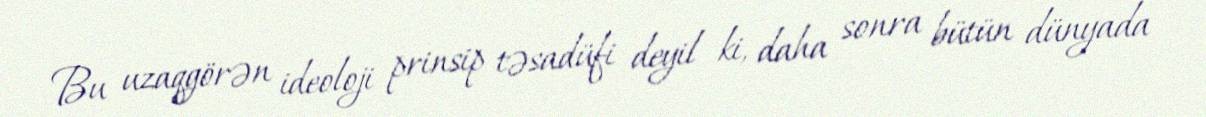
Bu uzaqgörən ideoloji prinsip təsadüfi deyil ki, daha sonra bütün dünyada